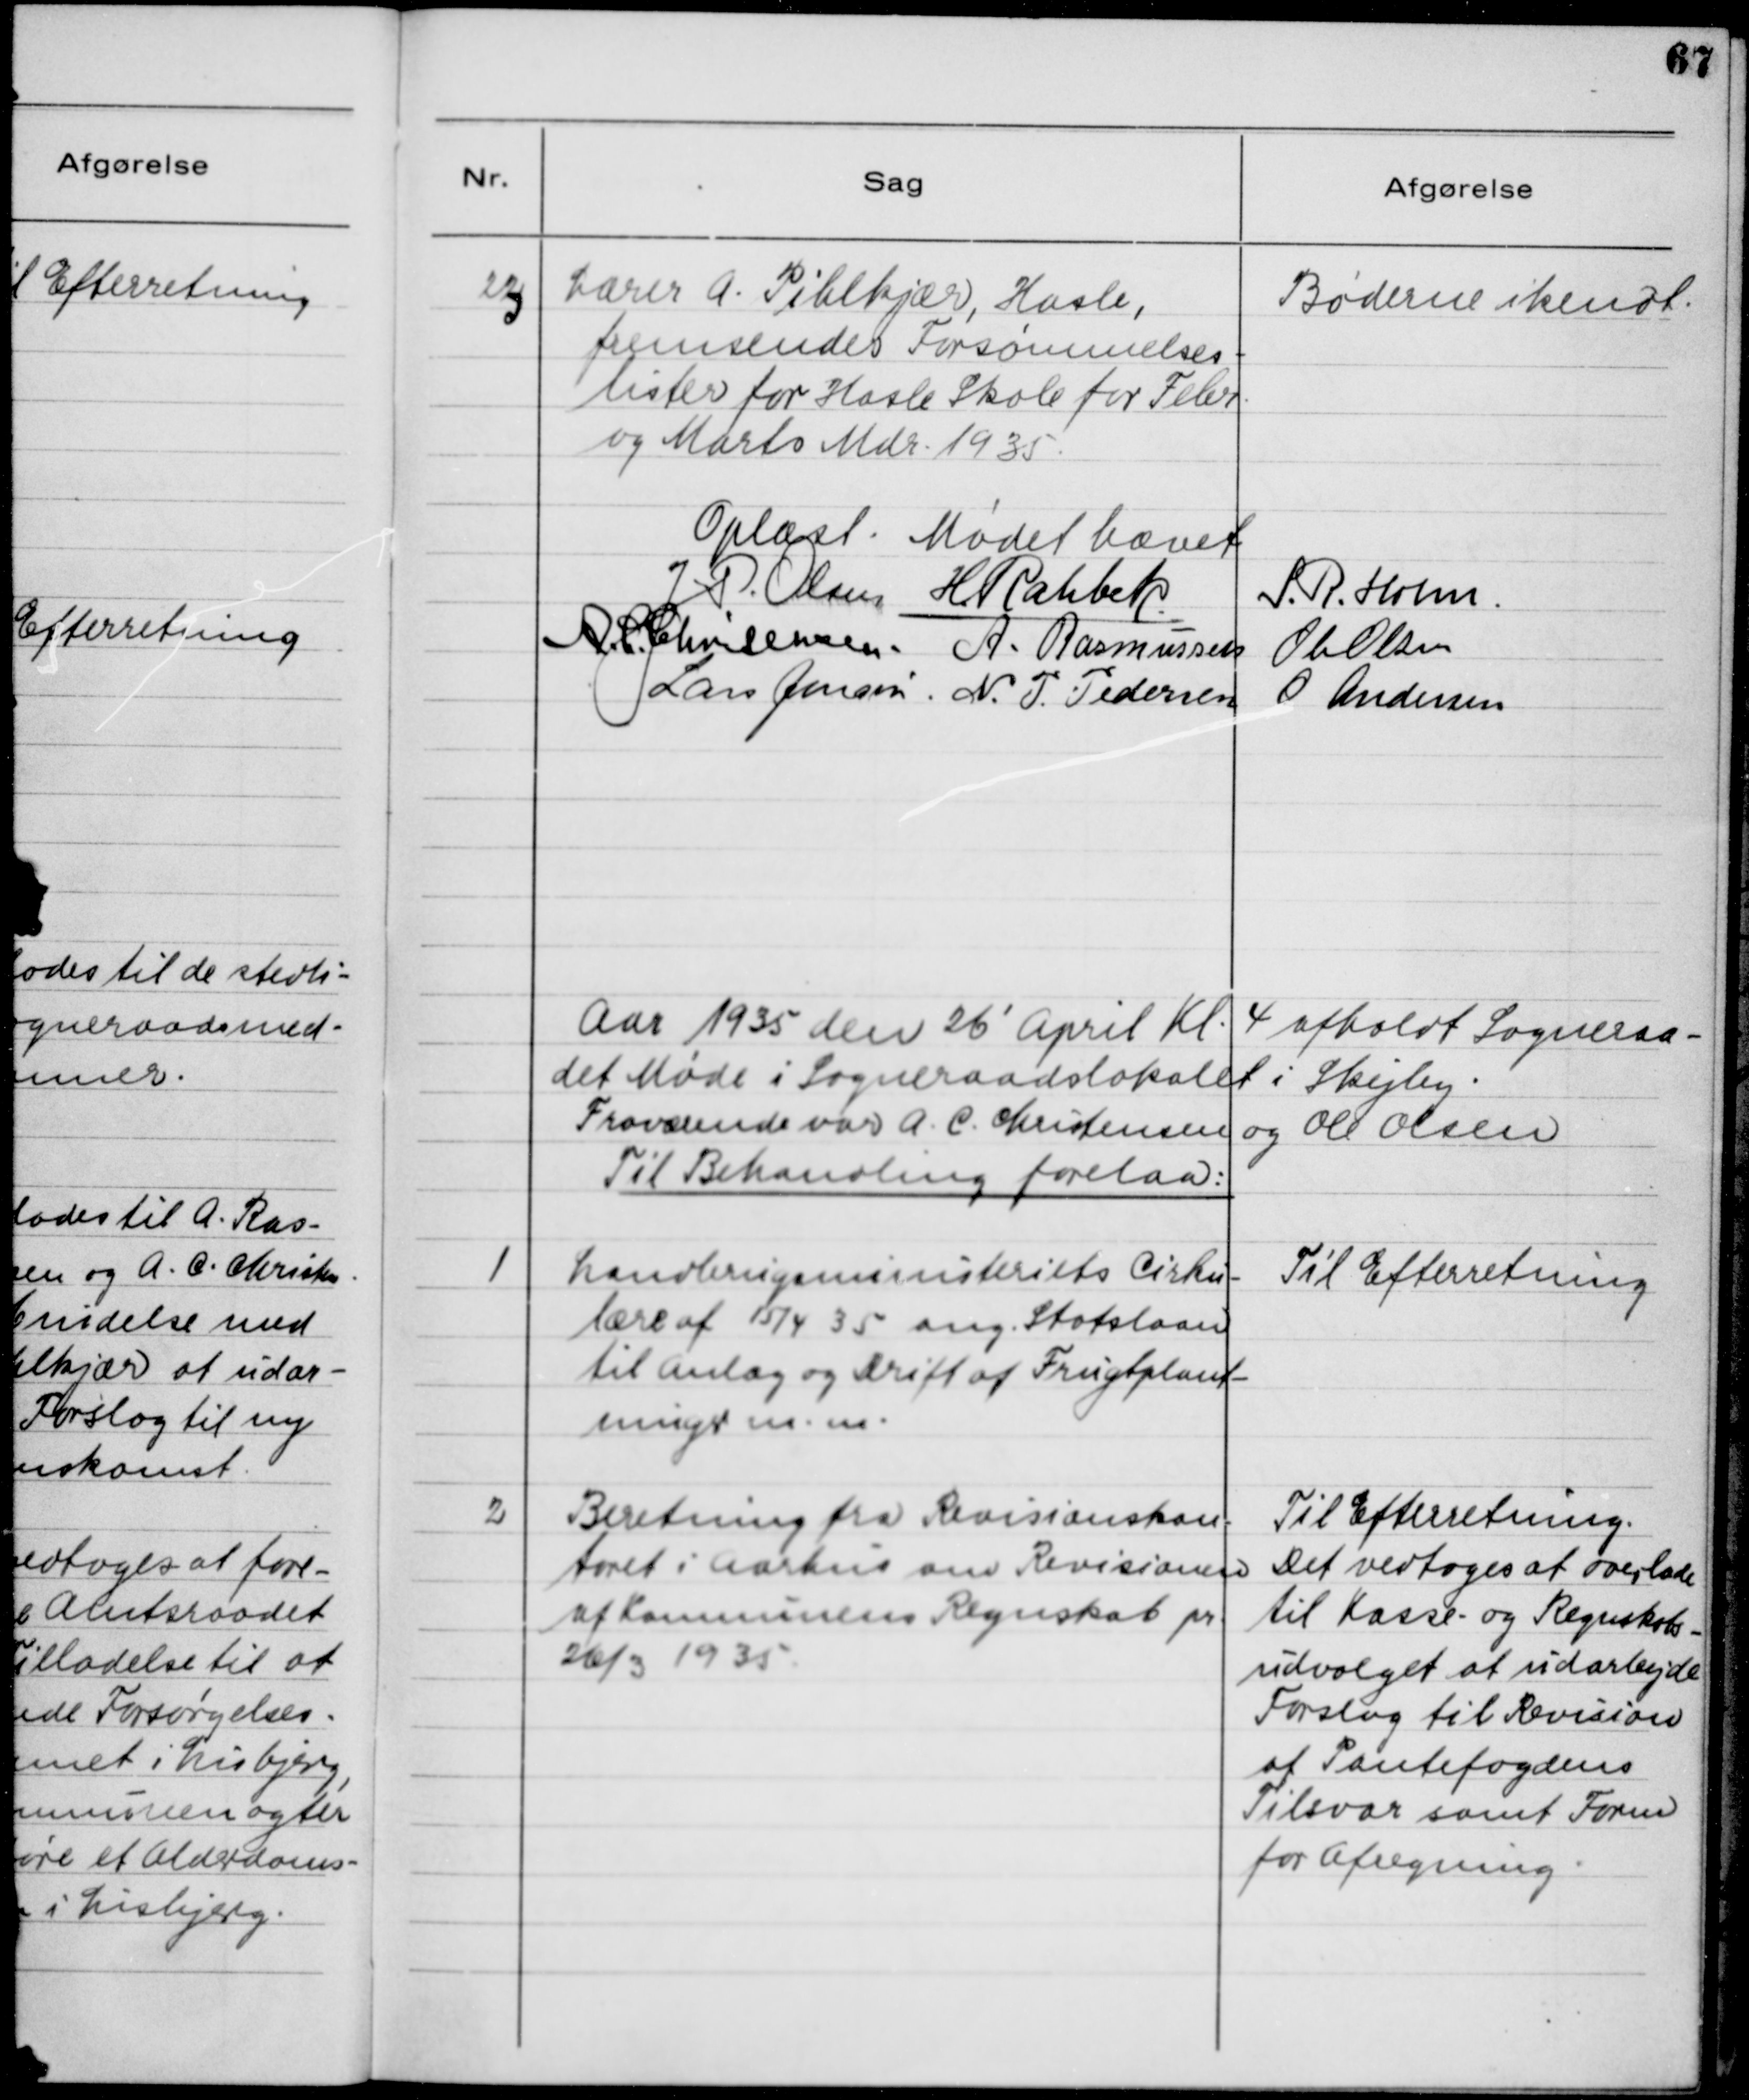
Transskription:
23

Lærer A. Pihlkjær, Hasle,
fremsender Forsømmelses-
lister for Hasle Skole for Febr.
og Marts Mdr. 1935.

Bøderne ikendt.

Oplæst. Mødet hævet.

Aar 1935 den 26' April Kl. 4 afholdt Sogneraa-
det Møde i Sogneraadslokalet i Skejby.
Fraværende var A. C. Christensen og Ole Olsen.
Til Behandling forelaa:

1

Landbrugsministeriets Cirku-
lære af 15/4 35 ang. Statslaan
til Anlæg og Drift af Frugtplant-
ninger m.m.

Til Efterretning

2

Beretning fra Revisionskon-
toret i Aarhus om Revision
af Kommunens Regnskab pr.
26/3 1935.

Til Efterretning.
Det vedtoges at overlade
til Kasse- og Regnskabs-
udvalget at udarbejde
Forslag til Revision
af Pantefogedens 
Tilsvar samt Form
for Afregning.